kultuurilooline_kollektsioon, lk 36
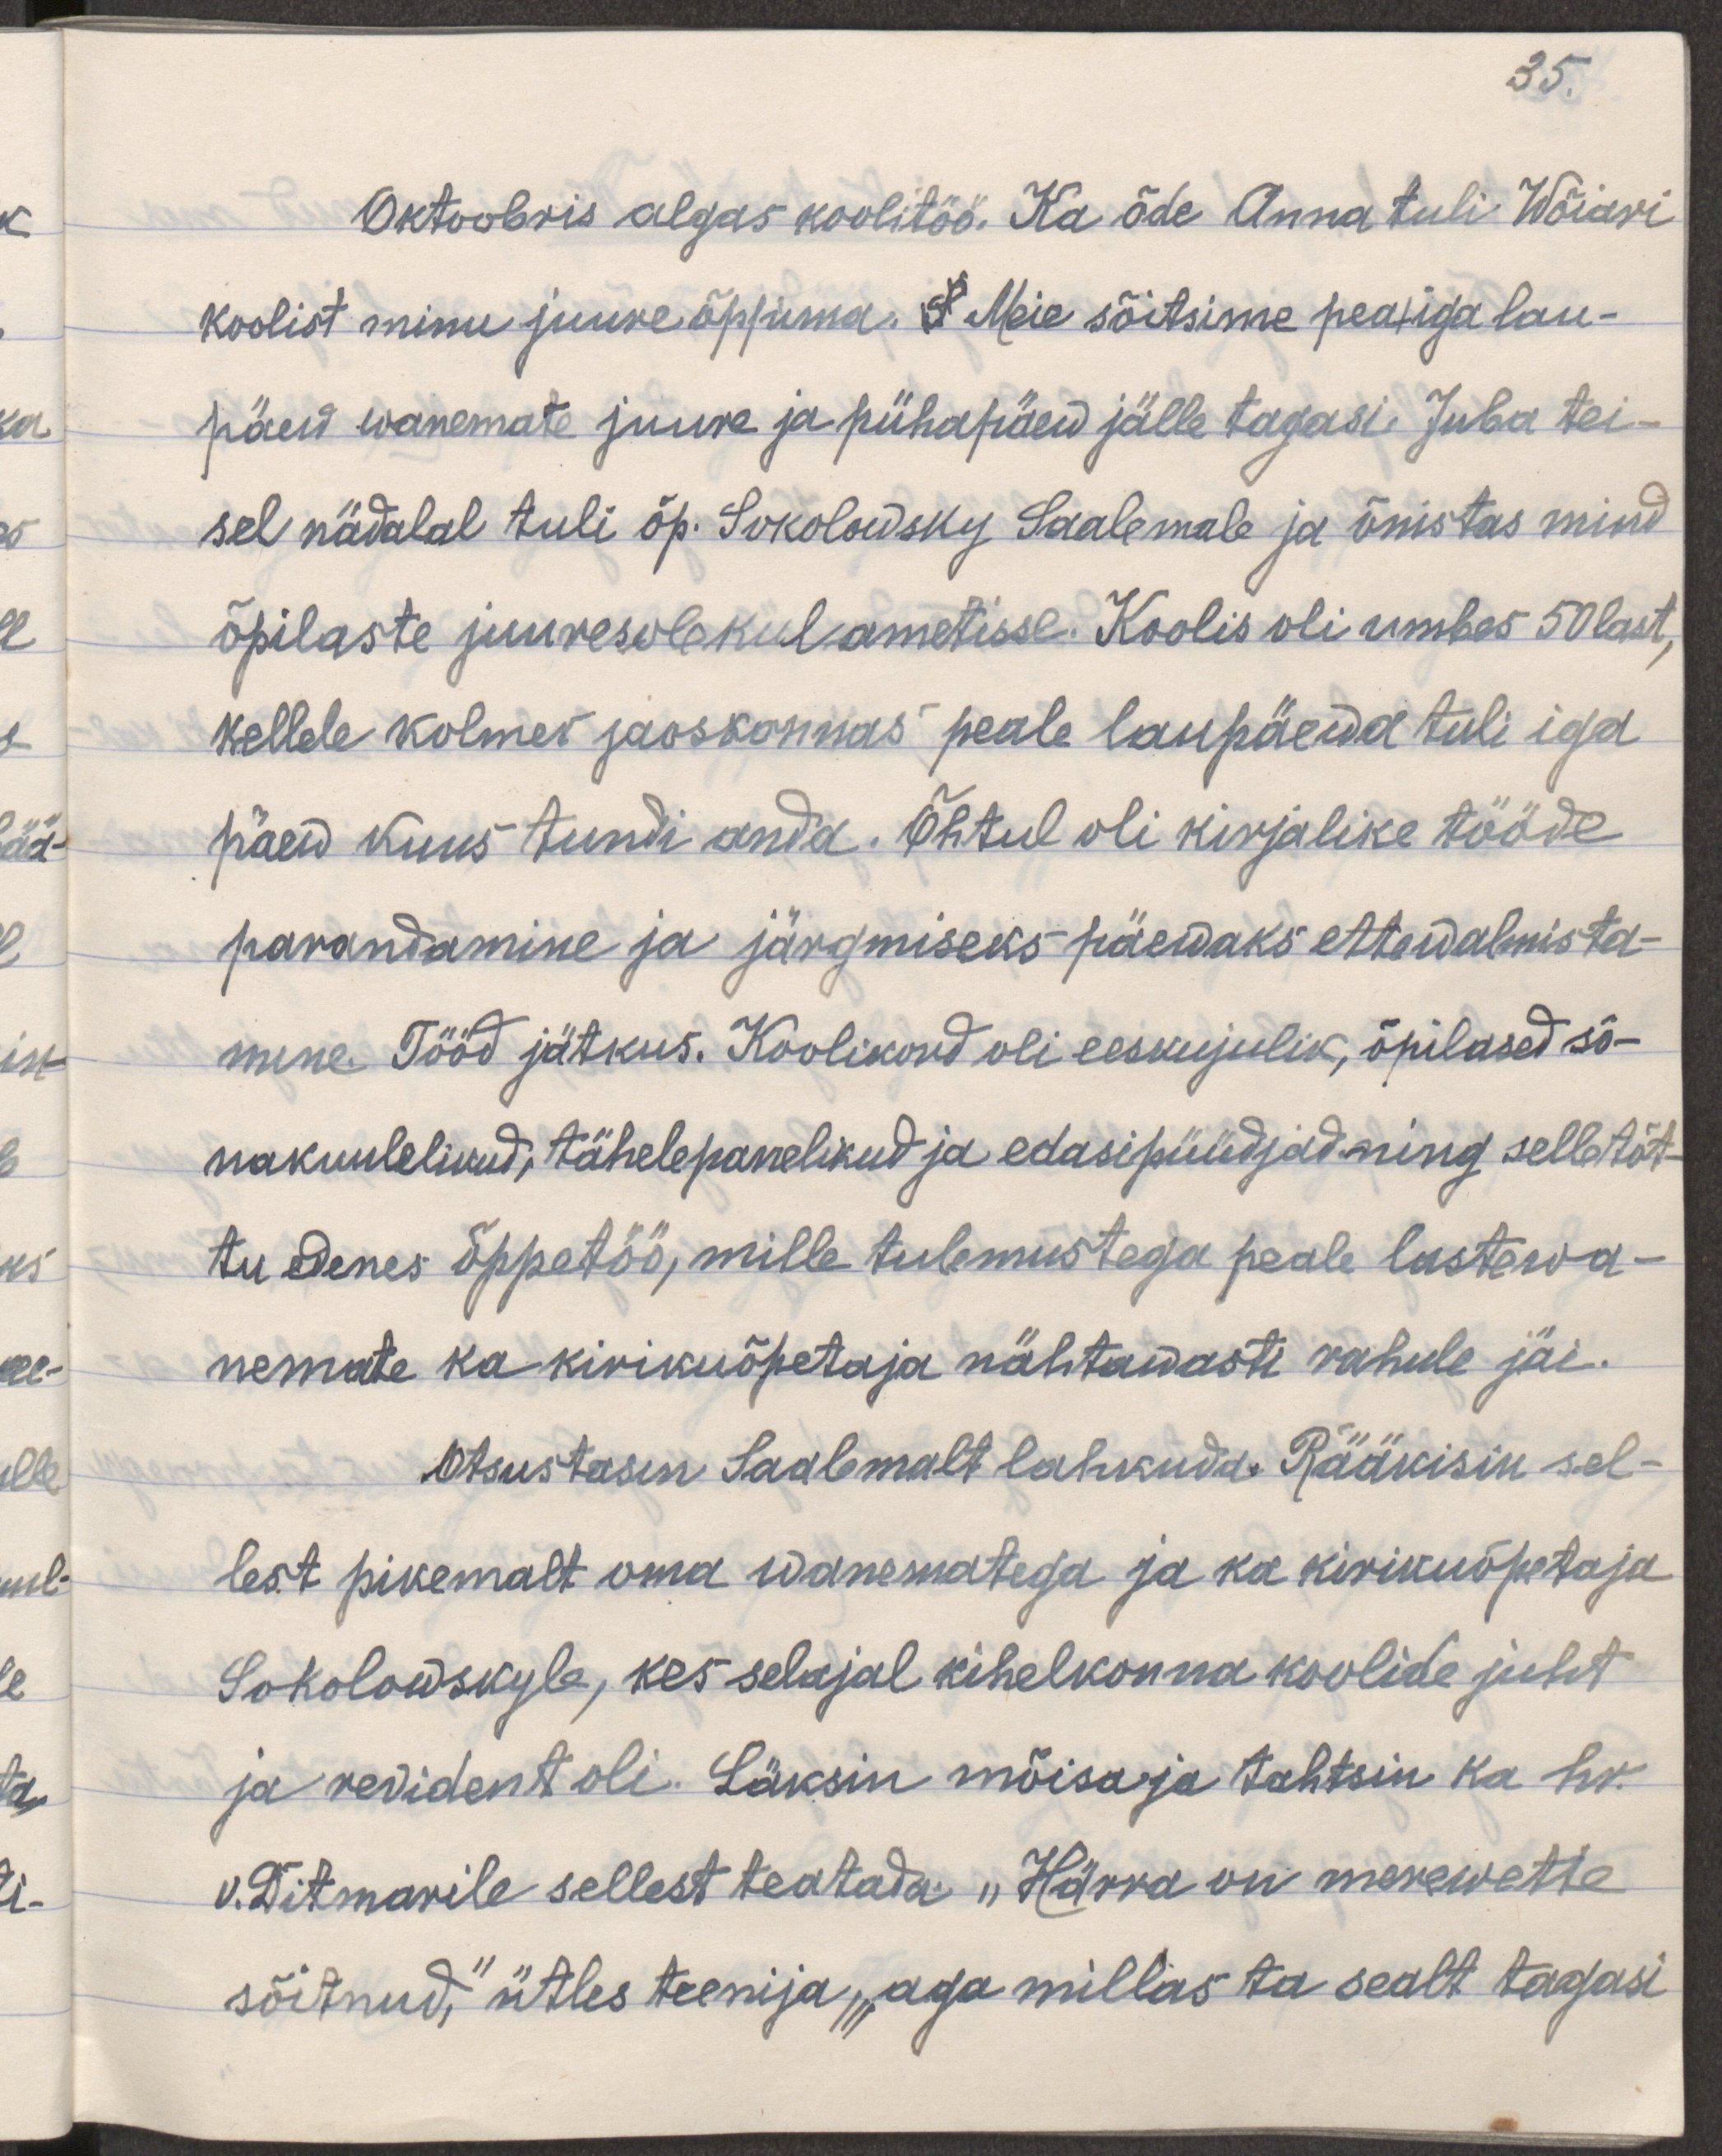
Oktoobris algas koolitöö. Ka õde Anna tuli Wõiari
koolist minu juure õppima. S Meie sõitsime pea|iga lau-
päew wanemate juure ja pühapäew jälle tagasi. Juba tei-
sel nädalal tuli õp. Sokolowsky Saalemale ja õnistas mind
õpilaste juuresolekul ametisse. Koolis oli umbes 50 last, 
kellele kolmes jaoksonnas peale laupäewa tuli iga
päew kuus tundi anda. Õhtul oli kirjalike tööde 
parandamine ja järgmiseks päewaks ettewalmista-
mine. Tööd jätkus. Koolikord oli eeskujulik, õpilased sõ-
nakuulelikud, tähelepanelikud ja edasipüüdjad ning selletõt-
tu edenes õppetöö, mille tulemustega peale lastewa-
nemate ka kirikuõpetaja nähtawasti rahule jäi.
Otsustasin Saalemalt lahuda. Rääkisin sel-
lest pikemalt oma wanematega ja kirikuõpetaja
Sokolowskyle, kes selajal kihelkonnakoolide juht 
ja revident oli. Läksin mõisa ja tahtsin ka hr.
v. Ditmarile sellest teatada. „Härra on merewette
sõitnud," ütles teenija, „aga millas ta sealt tagasi